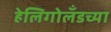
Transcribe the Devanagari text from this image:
हेलिगोलँडच्या